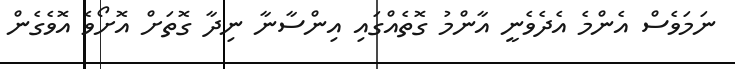
ނަމަވެސް އެންމެ އެދެވެނީ އާންމު ގޮތެއްގައި އިންސާނާ ނިދާ ގޮތަށް އޮށޯވެ އޮވެގެން